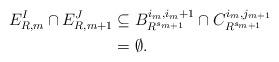
LaTeX: \begin{align*} E^I_{R, m} \cap E^J_{R, m + 1} &\subseteq B_{R^{s_{m + 1}}}^{i_m, i_m + 1} \cap C^{i_m, j_{m +1}}_{R^{s_{m + 1}}} \\ &= \emptyset.\end{align*}